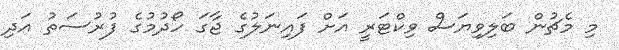
މި މެޗުން ބަލިވިޔަސް ވިކްޓަރީ އަށް ފައިނަލުގެ ޖާގަ ހޯދުމުގެ ފުރުސަތު އަދި